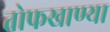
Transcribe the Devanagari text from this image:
तोफखाण्या